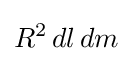
R^{2}\,dl\,dm